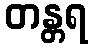
တန္တရ